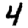
Digit: 4